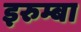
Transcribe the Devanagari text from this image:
इरुम्बा